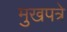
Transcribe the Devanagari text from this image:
मुखपत्रे